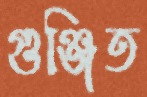
গুঞ্জিত